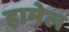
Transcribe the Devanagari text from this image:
हामेल